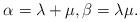
LaTeX: \begin{align*}\alpha = \lambda+ \mu, \beta = \lambda\mu.\end{align*}